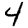
Digit: 4